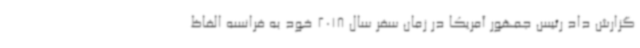
گزارش داد رئیس جمهور آمریکا در زمان سفر سال 2018 خود به فرانسه الفاظ